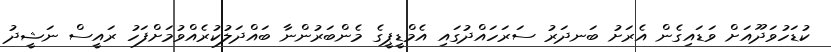
ކުޑަހުވަދޫއަށް ވަޑައިގެން އެރަށު ބަނދަރު ސަރަހައްދުގައި އެމްޑީޕީގެ މެންބަރުންނާ ބައްދަލުކުރެއްވުމަށްފަހު ރައީސް ނަޝީދު